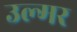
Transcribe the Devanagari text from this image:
उल्मर